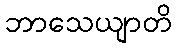
ဘာသေယျာတိ